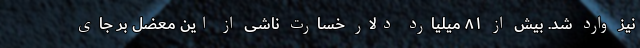
نیز وارد شد. بیش از ۸۱ میلیارد دلار خسارت ناشی از این معضل بر جای